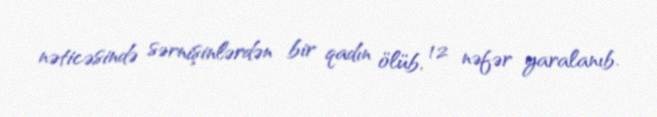
nəticəsində sərnişinlərdən bir qadın ölüb, 12 nəfər yaralanıb.